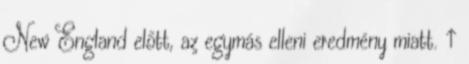
New England előtt, az egymás elleni eredmény miatt. ↑